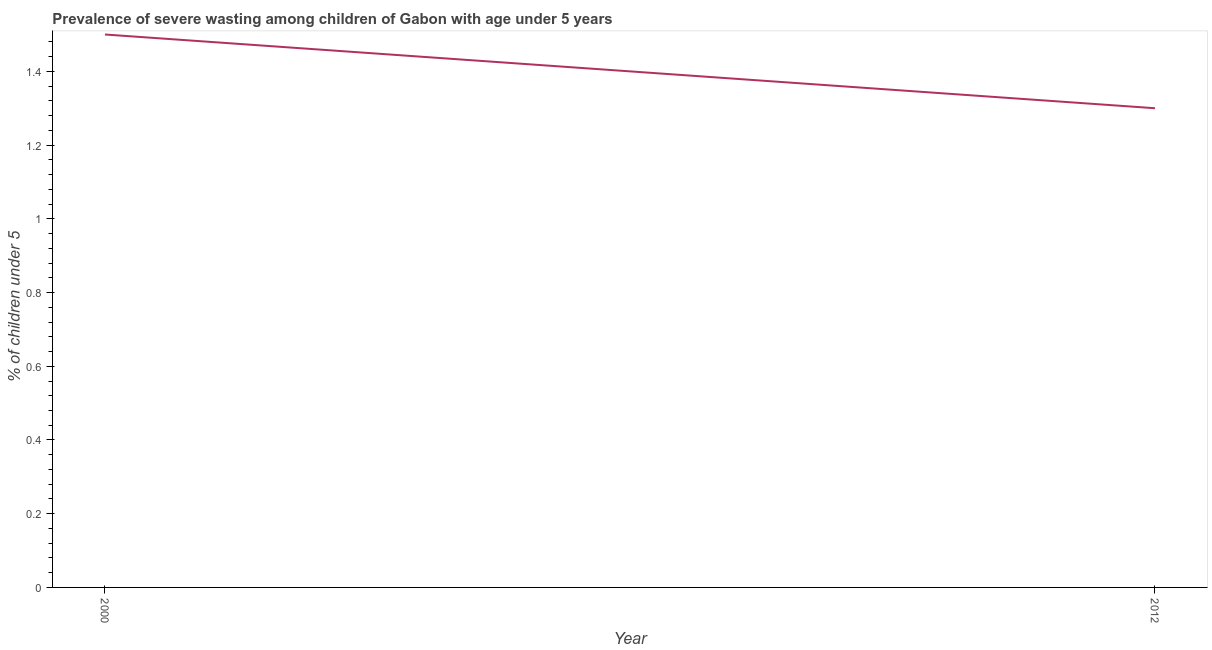
| Year | Prevalence of severe wasting |
 | --- | --- |
 | 2000 | 1.5 |
 | 2012 | 1.3 |